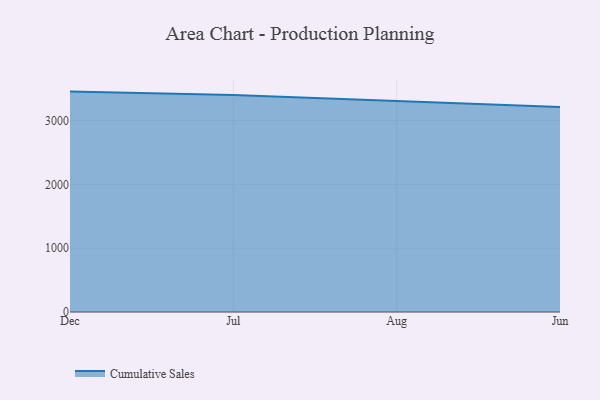
{"axis": {"x": "Month", "y": "Demand Index"}, "legend": ["Cumulative Sales"], "data": [{"x": "Dec", "y": 3455.6, "type": "Cumulative Sales"}, {"x": "Jul", "y": 3400.5, "type": "Cumulative Sales"}, {"x": "Aug", "y": 3306.4, "type": "Cumulative Sales"}, {"x": "Jun", "y": 3214.7, "type": "Cumulative Sales"}]}